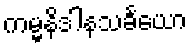
ကမ္မနိဒါနသင်္ခယော